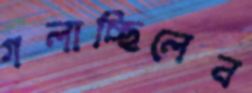
গলাচ্ছিলেন